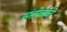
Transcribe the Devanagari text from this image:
संतोबांची